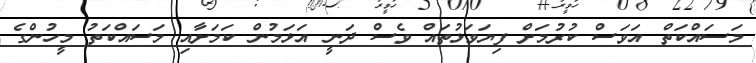
މަސައްކަތް އަވަސް ކުރުމަށް ފިޔަވަޅުތައް ވެސް ދަނީ އަޅަމުން ކަމަށާއި މަސައްކަތު މީހުންގެ